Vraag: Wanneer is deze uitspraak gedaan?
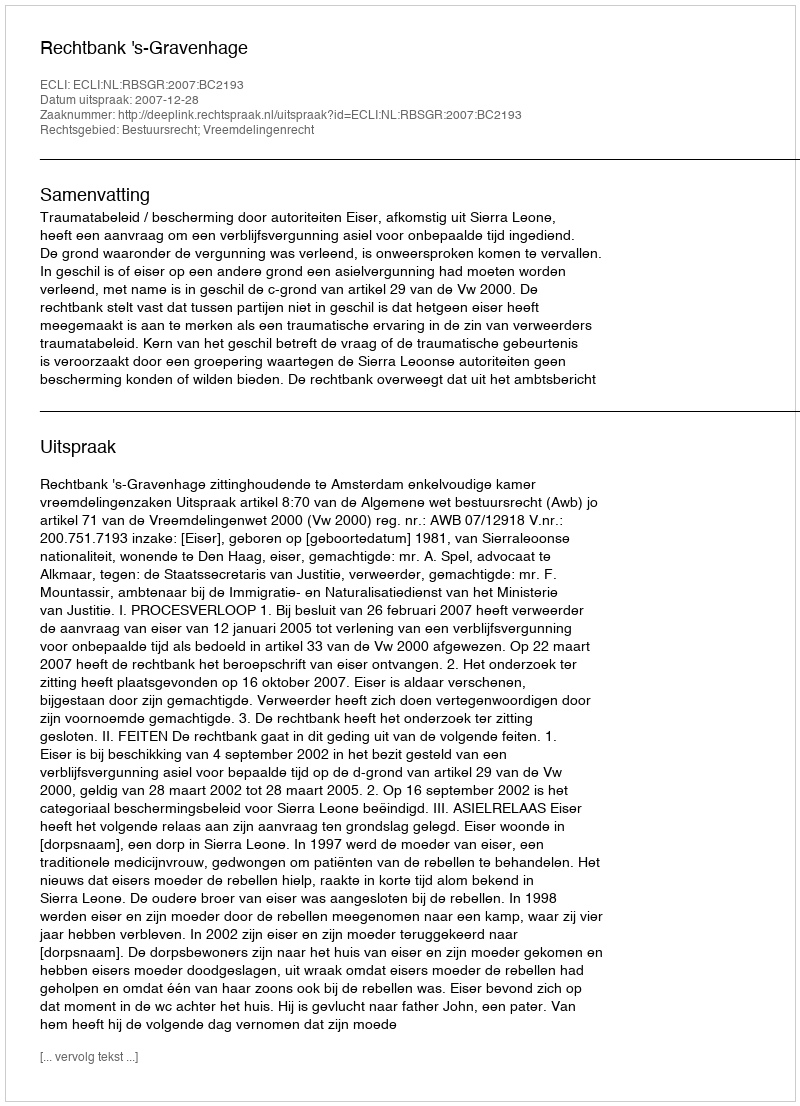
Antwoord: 2007-12-28